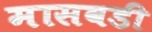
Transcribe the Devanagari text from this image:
मासवडी